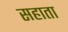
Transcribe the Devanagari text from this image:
सहाता